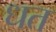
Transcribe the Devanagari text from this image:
धत